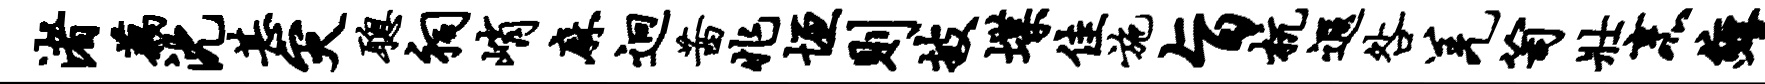
渚藕沈甚灾聪祠峭麻迥茜兆垣则披堞佳施旨杭遐咎羌笥壮烹缠